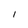
Character: I